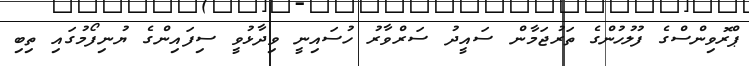
ޕްރޮވިންސްގެ ފުލުހުންގެ ތަރުޖަމާން ސައީދު ސަރްވާރު ހުސައިނީ ވިދާޅުވީ ސިފައިންގެ ޔުނިފޯމުގައި ތިބި